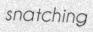
snatching